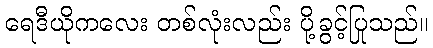
ရေဒီယိုကလေး တစ်လုံးလည်း ပို့ခွင့်ပြုသည်။